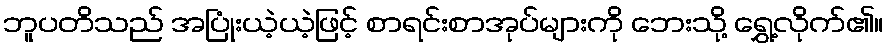
ဘူပတိသည် အပြုံးယဲ့ယဲ့ဖြင့် စာရင်းစာအုပ်များကို ဘေးသို့ ရွှေ့လိုက်၏။